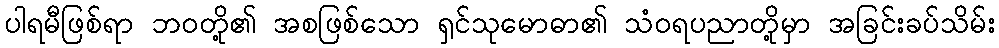
ပါရမီဖြစ်ရာ ဘဝတို့၏ အစဖြစ်သော ရှင်သုမောဓာ၏ သံဝရပညာတို့မှာ အခြင်းခပ်သိမ်း